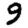
Digit: 9